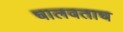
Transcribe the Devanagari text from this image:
चालवताच